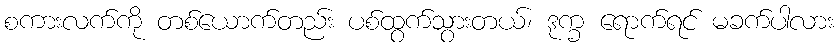
စကားလက်ကို တစ်ယောက်တည်း ပစ်ထွက်သွားတယ်၊ ဒုက္ခ ရောက်ရင် မခက်ပါလား